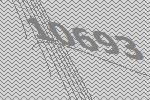
10693